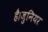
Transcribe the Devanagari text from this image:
है।जुनियर